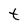
Character: t